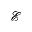
\mathcal { E }